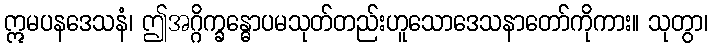
ဣမပနဒေသနံ၊ ဤအဂ္ဂိက္ခန္ဓောပမသုတ်တည်းဟူသောဒေသနာတော်ကိုကား။ သုတွာ၊